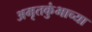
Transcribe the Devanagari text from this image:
अमृतकुंभाच्या